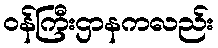
ဝန်ကြီးဌာနကလည်း